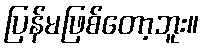
ပြန်မဖြစ်တော့ဘူး။